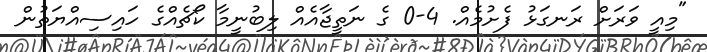
"މިއީ ވަރަށް ރަނގަޅު ފެށުމެއް. 4-0 ގެ ނަތީޖާއެއް ލިބުނީމާ ކޯޗެއްގެ ހައިސިއްޔަތުން